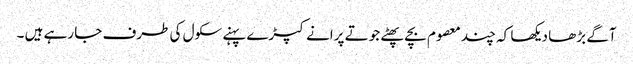
آگے بڑھا دیکھا کہ چند معصوم بچے پھٹے جوتے پرانے کپڑے پہنے سکول کی طرف جا رہے ہیں ۔